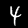
Label: 4